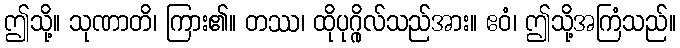
ဤသို့။ သုဏာတိ၊ ကြား၏။ တဿ၊ ထိုပုဂ္ဂိုလ်သည်အား။ ဧဝံ၊ ဤသို့အကြံသည်။